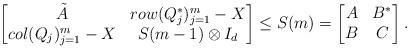
LaTeX: \begin{align*}\begin{bmatrix} \Tilde{A} & row(Q_j^*)_{j=1}^m - X\\ col(Q_j)_{j=1}^m - X & S(m-1)\otimes I_d \end{bmatrix}\leq S(m) = \begin{bmatrix} A & B^*\\ B & C \end{bmatrix}.\end{align*}